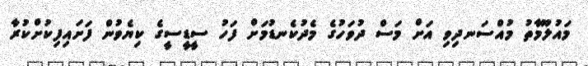
މައުލޫމާތު މުއްސަނދިވި އަށް މަސް ދުވަހުގެ މެދުކެނޑުމަށް ފަހު ސީޑީސީގެ ކިޔެވުން ފަށައިފިކުށްކުރާ